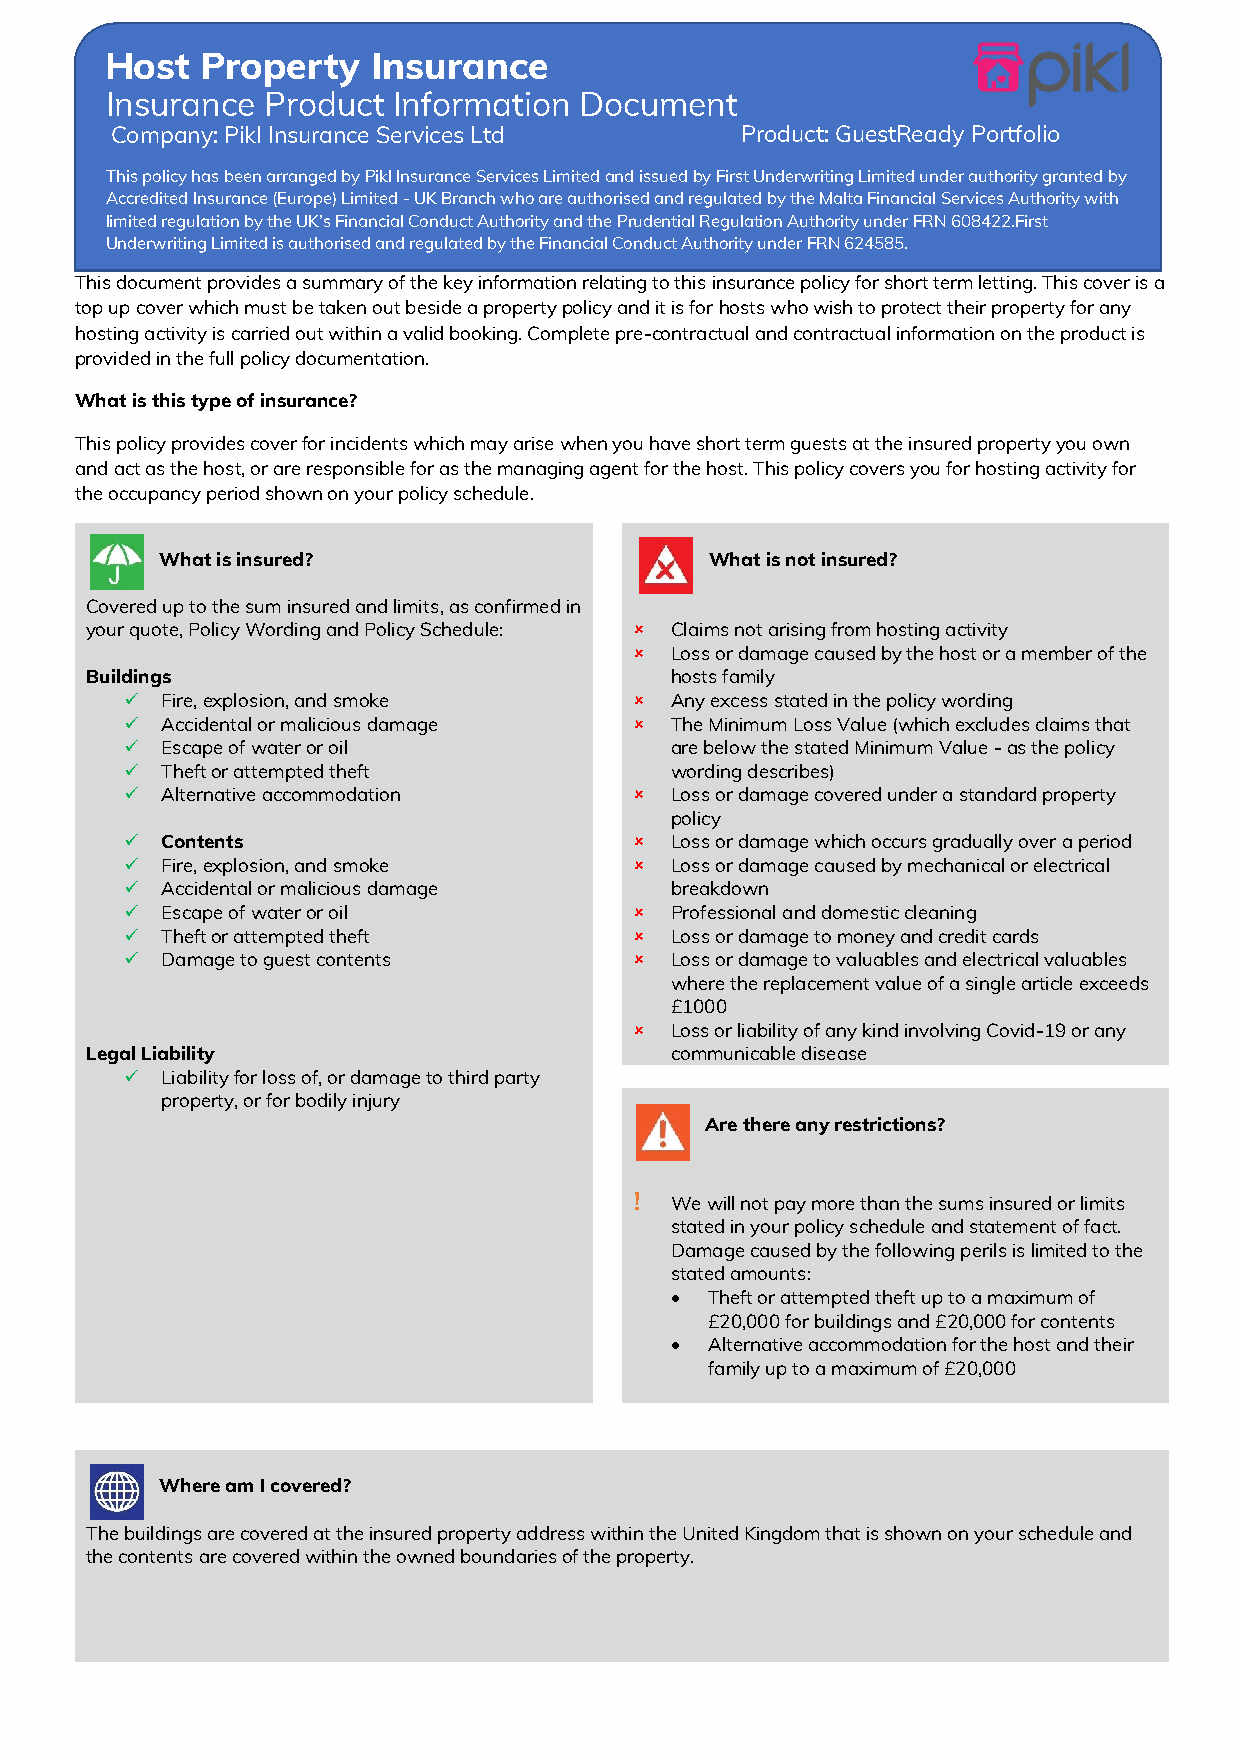
Host  Property    Insurance
 Company: Pikl Insurance Services Ltd      Product: GuestReady Portfolio
 This policy has been arranged by Pikl Insurance Services Limited and issued by First Underwriting Limited under authority granted by
 Accredited Insurance (Europe) Limited - UK Branch who are authorised and regulated by the Malta Financial Services Authority with
 limited regulation by the UK’s Financial Conduct Authority and the Prudential Regulation Authority under FRN 608422.First
 Underwriting Limited is authorised and regulated by the Financial Conduct Authority under FRN 624585.
 This document provides a summary of the key information relating to this insurance policy for short term letting. This cover is a
 top up cover which must be taken out beside a property policy and it is for hosts who wish to protect their property for any
 hosting activity is carried out within a valid booking. Complete pre-contractual and contractual information on the product is
 provided in the full policy documentation.
 What is this type of insurance?
 This policy provides cover for incidents which may arise when you have short term guests at the insured property you own
 and act as the host, or are responsible for as the managing agent for the host. This policy covers you for hosting activity for
 the occupancy period shown on your policy schedule.
 What is insured?                    What is not insured?
 Covered up to the sum insured and limits, as confirmed in
 your quote, Policy Wording and Policy Schedule:  Claims not arising from hosting activity
  Loss or damage caused by the host or a member of the
 Buildings                             hosts family
 ✓  Fire, explosion, and smoke      Any excess stated in the policy wording
 ✓  Accidental or malicious damage  The Minimum Loss Value (which excludes claims that
 ✓  Escape of water or oil           are below the stated Minimum Value - as the policy
 ✓  Theft or attempted theft         wording describes)
 ✓  Alternative accommodation       Loss or damage covered under a standard property
 policy
 ✓  Contents                        Loss or damage which occurs gradually over a period
 ✓  Fire, explosion, and smoke      Loss or damage caused by mechanical or electrical
 ✓  Accidental or malicious damage   breakdown
 ✓  Escape of water or oil          Professional and domestic cleaning
 ✓  Theft or attempted theft        Loss or damage to money and credit cards
 ✓  Damage to guest contents        Loss or damage to valuables and electrical valuables
 where the replacement value of a single article exceeds
 £1000
  Loss or liability of any kind involving Covid-19 or any
 Legal Liability                       communicable disease
 ✓  Liability for loss of, or damage to third party
 property, or for bodily injury
 Are there any restrictions?
 ! We will not pay more than the sums insured or limits
 stated in your policy schedule and statement of fact.
 Damage caused by the following perils is limited to the
 stated amounts:
 •  Theft or attempted theft up to a maximum of
 £20,000 for buildings and £20,000 for contents
 •  Alternative accommodation for the host and their
 family up to a maximum of £20,000
 Where am I covered?
 The buildings are covered at the insured property address within the United Kingdom that is shown on your schedule and
 the contents are covered within the owned boundaries of the property.
 I n s u r a n c e P r o d u c t I n f o r m a t i o n D o c u m e n t